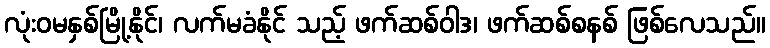
လုံးဝမနှစ်မြို့နိုင်၊ လက်မခံနိုင် သည့် ဖက်ဆစ်ဝါဒ၊ ဖက်ဆစ်စနစ် ဖြစ်လေသည်။